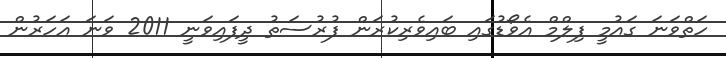
ހަތްވަނަ ގައުމީ ފިލްމް އެވޯޑުގައި ބައިވެރިކުރަން ފުރުސަތު ދީފައިވަނީ 2011 ވަަނަ އަހަރުން